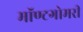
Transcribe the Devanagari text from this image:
मॉण्टगोमरी